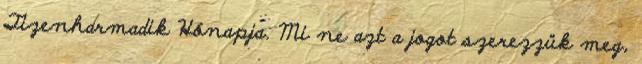
Tizenharmadik Hónapja. Mi ne azt a jogot szerezzük meg,